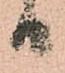
日